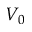
V _ { 0 }